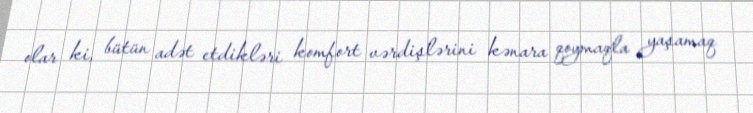
olar ki, bütün adət etdikləri komfort vərdişlərini kənara qoymaqla yaşamaq